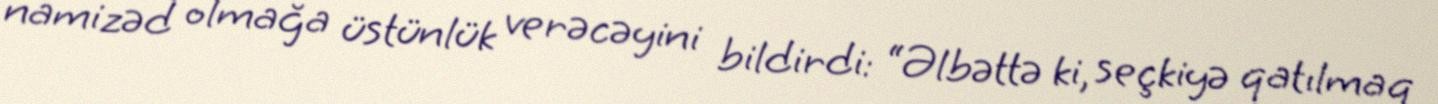
namizəd olmağa üstünlük verəcəyini bildirdi: “Əlbəttə ki, seçkiyə qatılmaq